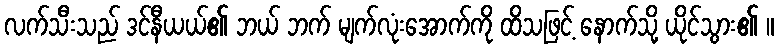
လက်သီးသည် ဒင်နီယယ်၏ ဘယ် ဘက် မျက်လုံးအောက်ကို ထိသဖြင့် နောက်သို့ ယိုင်သွား၏ ။